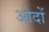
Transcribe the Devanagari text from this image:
ओदों